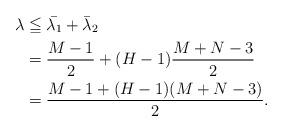
LaTeX: \begin{align*}\lambda &\leqq \bar{\lambda_1} + \bar{\lambda}_2 \\&= \frac{M-1}{2} + (H-1) \frac{M+N-3}{2} \\&= \frac{M-1+(H-1)(M+N-3)}{2}. \end{align*}